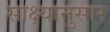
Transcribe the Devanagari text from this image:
साक्ष्यानुसार